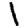
Digit: 1